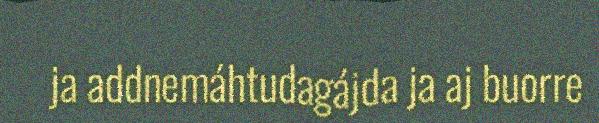
ja addnemáhtudagájda ja aj buorre